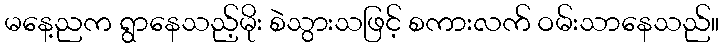
မနေ့ညက ရွာနေသည့်မိုး စဲသွားသဖြင့် စကားလက် ဝမ်းသာနေသည်။